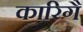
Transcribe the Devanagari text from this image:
कारिगै